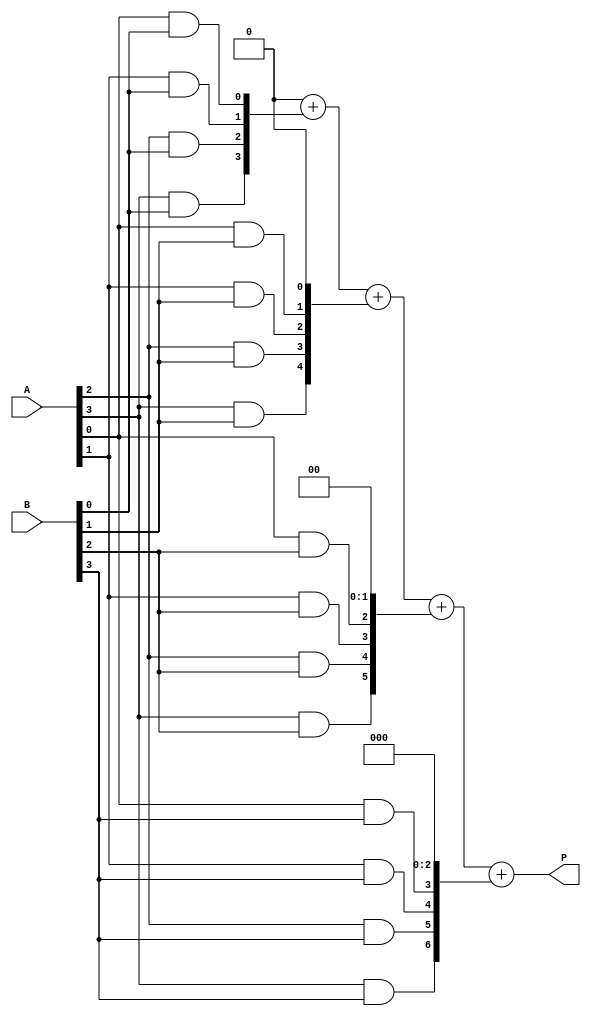
module array_multiplier #(parameter A_WIDTH = 4, B_WIDTH = 4)(
    input [A_WIDTH-1:0] A,    // m bits input A
    input [B_WIDTH-1:0] B,    // n bits input B
    output reg [A_WIDTH+B_WIDTH-1:0] P // (m+n) bits output P
);

    // Partial product array
    wire [A_WIDTH-1:0] pp[B_WIDTH-1:0];

    // Generate partial products
    genvar i, j;
    generate
        for (i = 0; i < B_WIDTH; i = i + 1) begin : gen_partial_products
            for (j = 0; j < A_WIDTH; j = j + 1) begin : gen_and_gate
                assign pp[i][j] = A[j] & B[i]; // AND each bit of A with each bit of B
            end
        end
    endgenerate

    // Adder for summing partial products
    reg [A_WIDTH + B_WIDTH - 1:0] sum [B_WIDTH-1:0];
    integer k;

    always @(*) begin
        // Initialize the product to 0
        P = 0;

        // Sum partial products
        for (k = 0; k < B_WIDTH; k = k + 1) begin
            // Shift the partial product according to its position
            sum[k] = {pp[k], k'b0}; // Shift left by k bits
            P = P + sum[k]; // Add to the total product
        end
    end

endmodule